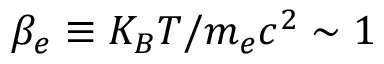
\beta _ { e } \equiv K _ { B } T / m _ { e } c ^ { 2 } \sim 1